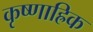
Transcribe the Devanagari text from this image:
कृष्णाह्रिक